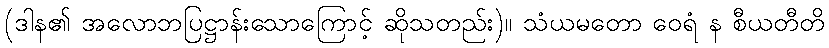
(ဒါန၏ အလောဘပြဋ္ဌာန်းသောကြောင့် ဆိုသတည်း)။ သံယမတော ဝေရံ န စီယတီတိ